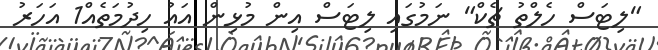
"ލިޓަސް ހެލްތު ޗެކް" ނަމުގައި ލިޓަސް އިން މުޅިން އައު ހިދުމަތެއް1 އަހަރު